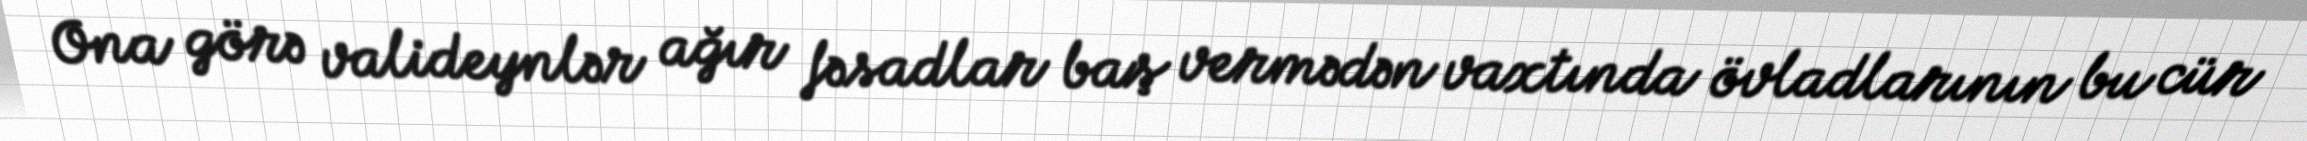
Ona görə valideynlər ağır fəsadlar baş vermədən vaxtında övladlarının bu cür